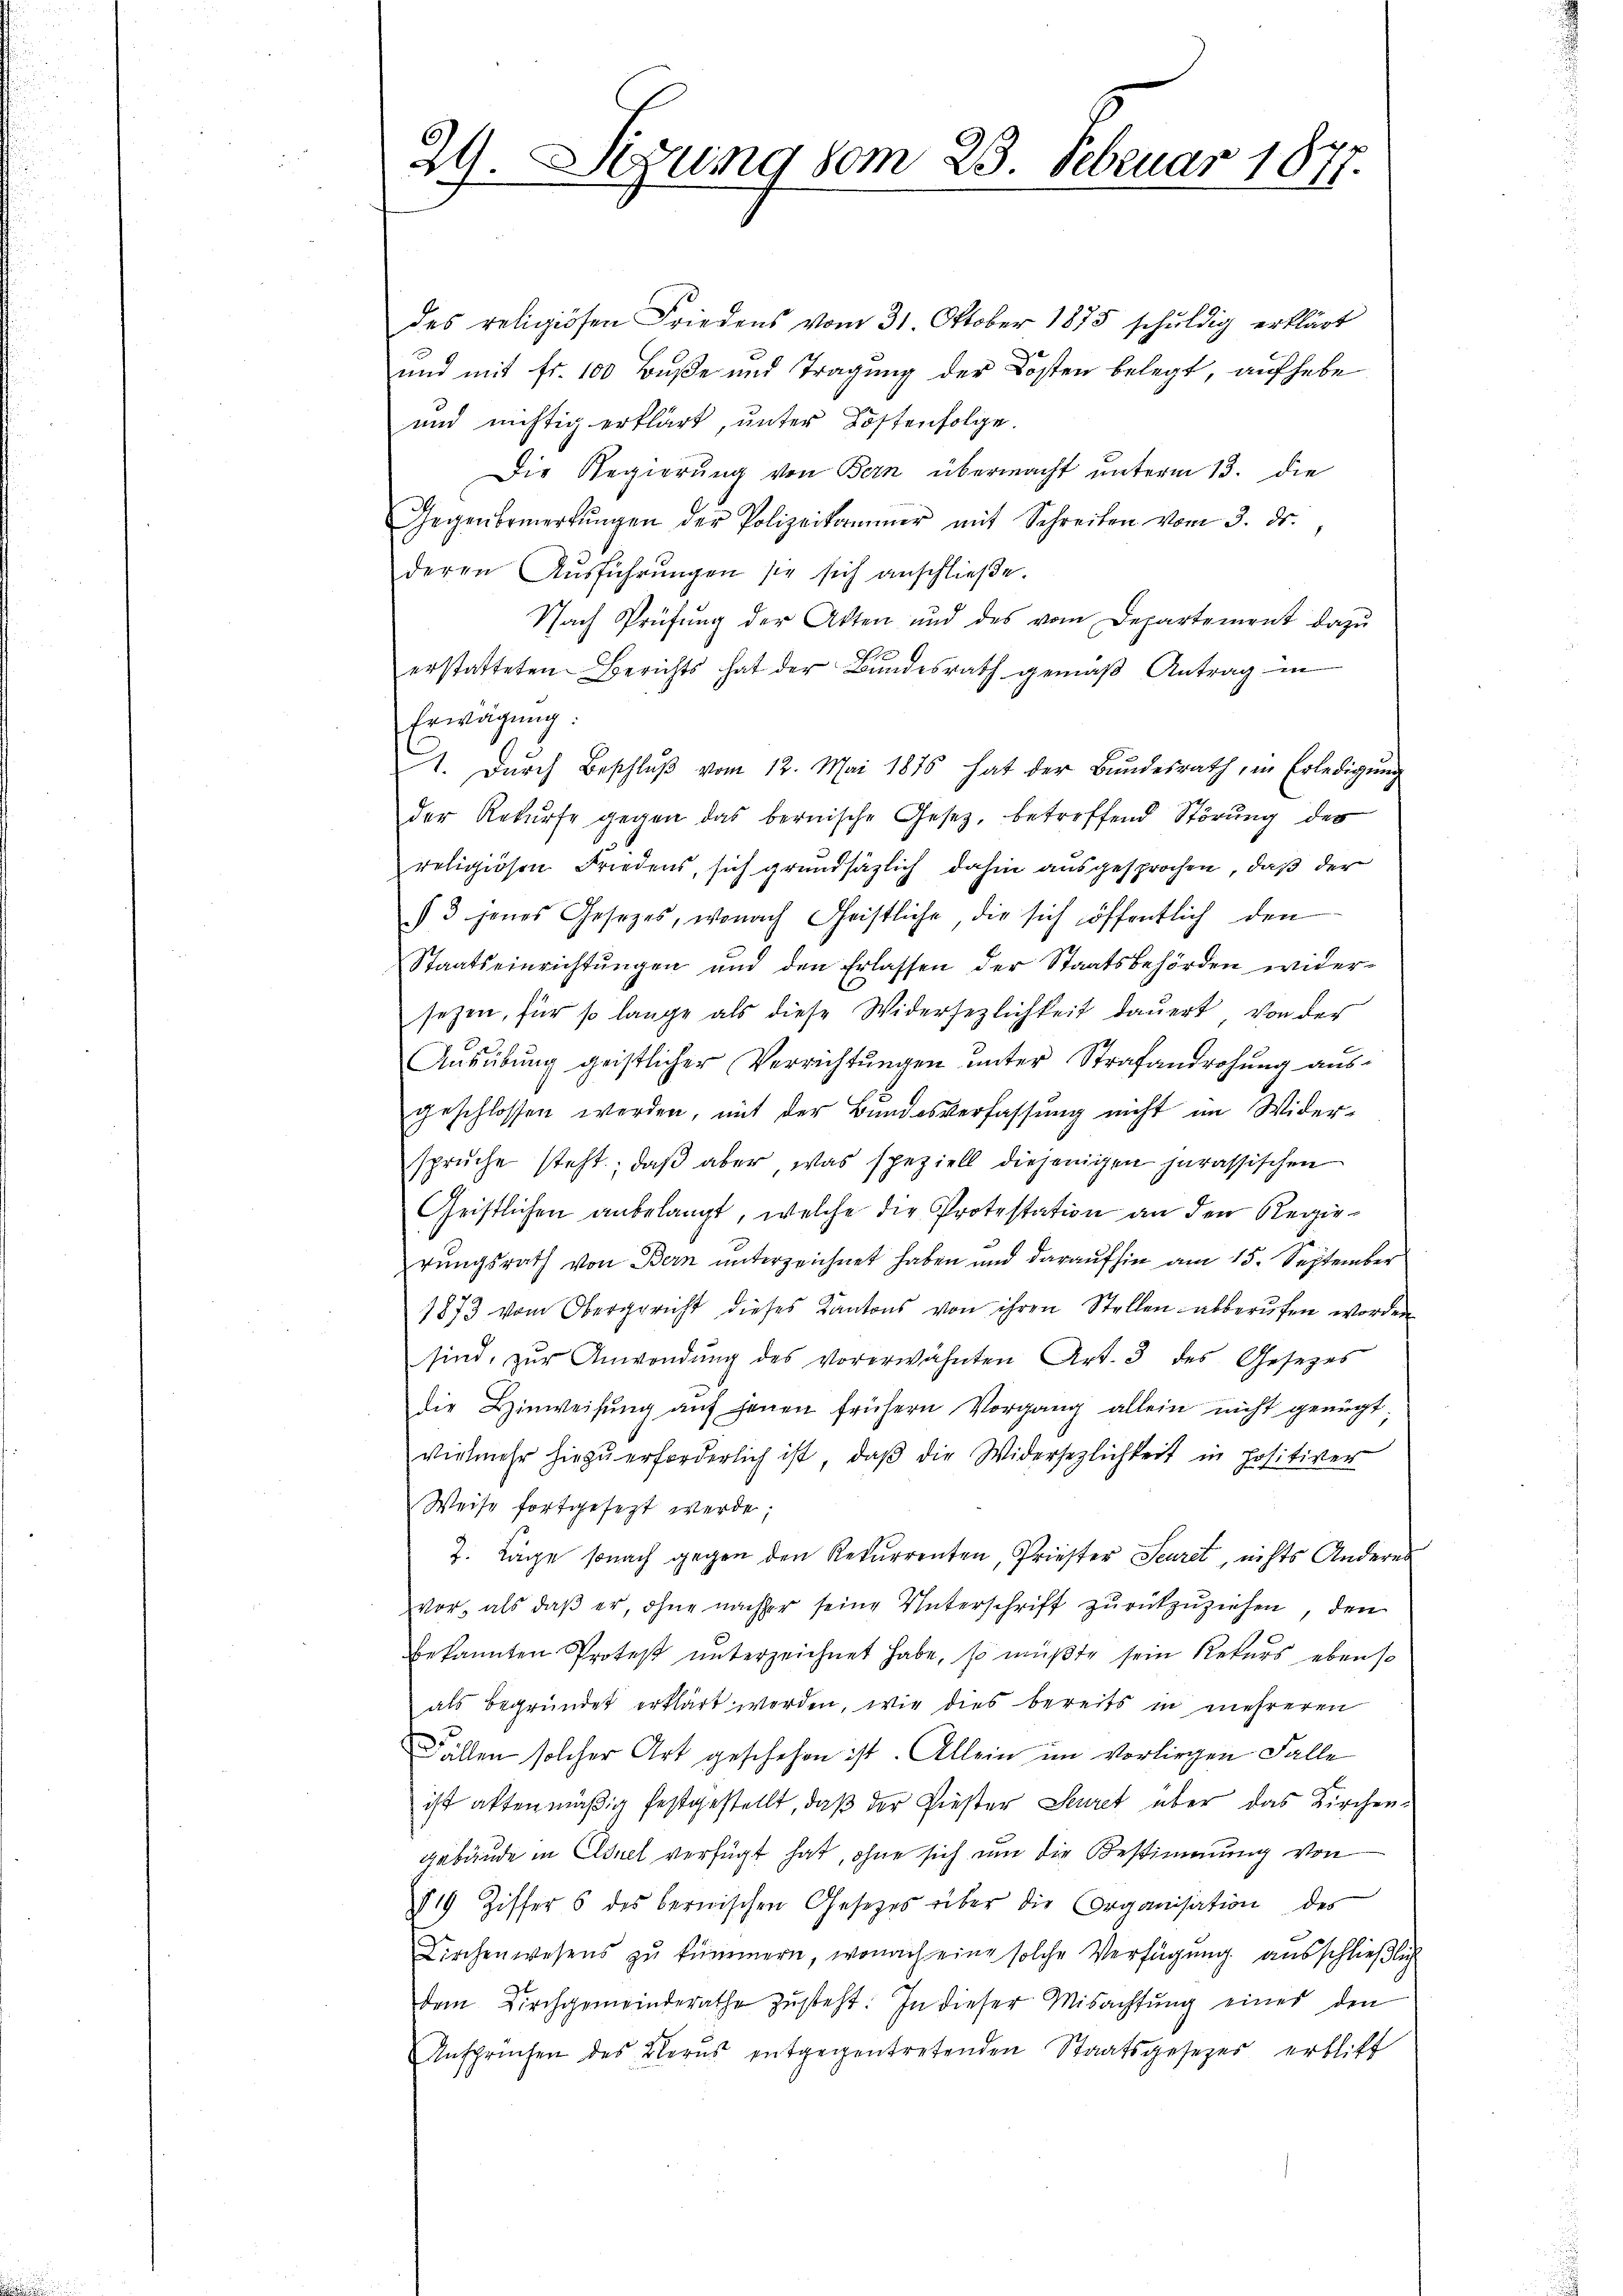
29. Sizung vom 25. Februar 1877.

des religiösen Friedens vom 31. Oktober 1875 schuldig erklärt
und mit Fr. 100 Buße und Tragung der Kosten belegt, auf habe
und nichtig erklärt, ŭnter Kostenfolge.
Die Regierung von Bern übermacht unterm 13. die
Gegenbemerkŭngen der Polizeikammer mit Schreiben vom 3. ds.,
deren Ausführungen sie sich anschließe.
Nach Prüfung der Akten und des vom Departement dazu
erstatteten Berichts hat der Bundesrath gemäß Antrag in
Erwägung:
. Dŭrch Beschlŭβ vom 12. Mai 1876 hat der Bŭndesrath, in Erledigŭng
der Rekurse gegen das bernische Gesetz, betreffend Störung des
religiösen Friedens, sich grundsätzlich dahin ausgesprochen, daß der
3 jenes Gesetzes, wonach Christliche, die sich öffentlich den
Staatseinrichtungen und den Erlassen der Staatsbehörden widersezen, für so lange als diese Widersezlichkeit dauert von der
Ausübung geistlicher Verrichtungen unter Strafandrohung ausgeschlossen werden, mit der Bundesverfassung nicht im Wider-
sprŭche steht, daβ aber was speziell diejenigen parassischen
Geistlichen anbelangt, welche die Protestation an den Regieprungsrath von Bern unterzeichnet haben und daraufhin am 15. September
1873 vom Obergericht dieses Kantons von ihren Stellen abberŭfen worden
sind, zŭr Anwendŭng des vorerwähnten Art. 3 des Gesetzes
die Hinweisŭng aŭf jenen frühern Vorgang allein nicht genügt,
vielmehr hiezŭ erforderlich ist, daβ die Widersezlichkeit in Hositiver
Weise fortgesezt werde;
7. Lage sonach gegen den Rekurrenten, Priester Seuret, nichts Anderes
vor, als daβ er, ohne nachher seine Unterschrift zŭrückzŭziehen, den
bekannten Protest unterzeichnet habe, so müßte sein Rekurs ebenso
als begründet erklärt werden, wie dies bereits in mehreren
Fällen solcher Art geschehen ist. Allein im Vorliegen Falle
ist attenmäßig festgestellt, daß der Piester Secret über das Kirchengebäude in Esel verfügt hat, ohne sich um die Bestimmung von
819 Ziffer 6 des bernischen Gesetzes über die Organisation des
Kirchenwesens zu kümmern, wonach eine solche Verfügung ausschließlich
dem Kirchgemeinderathe zŭsteht. In dieser Mitachtŭng eines den
Ansprüchen des Berns entgegentretenden Staatsgesezes erblitt